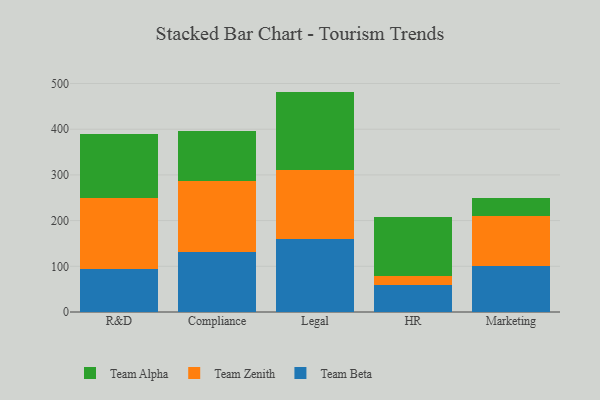
{"axis": {"x": "Department", "y": "Production Output"}, "legend": ["Team Alpha", "Team Beta", "Team Zenith"], "data": [{"x": "R&D", "y": 95.2, "type": "Team Beta"}, {"x": "R&D", "y": 155.1, "type": "Team Zenith"}, {"x": "R&D", "y": 139.1, "type": "Team Alpha"}, {"x": "Compliance", "y": 131.8, "type": "Team Beta"}, {"x": "Compliance", "y": 154.0, "type": "Team Zenith"}, {"x": "Compliance", "y": 111.1, "type": "Team Alpha"}, {"x": "Legal", "y": 160.8, "type": "Team Beta"}, {"x": "Legal", "y": 149.0, "type": "Team Zenith"}, {"x": "Legal", "y": 172.5, "type": "Team Alpha"}, {"x": "HR", "y": 58.1, "type": "Team Beta"}, {"x": "HR", "y": 21.2, "type": "Team Zenith"}, {"x": "HR", "y": 128.7, "type": "Team Alpha"}, {"x": "Marketing", "y": 100.4, "type": "Team Beta"}, {"x": "Marketing", "y": 109.1, "type": "Team Zenith"}, {"x": "Marketing", "y": 39.3, "type": "Team Alpha"}]}